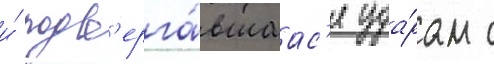
и́ подв'ерга́вшаас'я уда́рам с